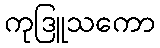
ကုဒြူသကော